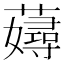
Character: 𧁘